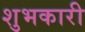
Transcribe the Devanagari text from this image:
शुभकारी